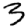
Digit: 3